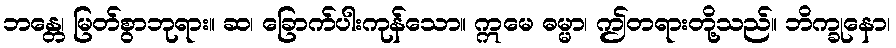
ဘန္တေ၊ မြတ်စွာဘုရား။ ဆ၊ ခြောက်ပါးကုန်သော။ ဣမေ ဓမ္မာ၊ ဤတရားတို့သည်။ ဘိက္ခုနော၊